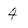
Character: 4